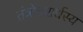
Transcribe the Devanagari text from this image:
तंत्रोत्तरार्धस्य